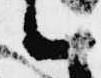
候